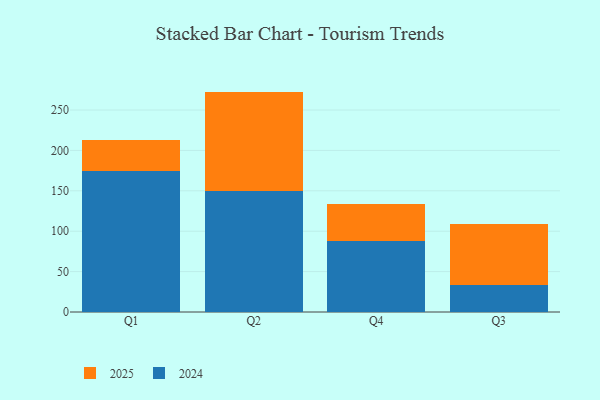
{"axis": {"x": "Quarter", "y": "Bounce Rate (%)"}, "legend": ["2024", "2025"], "data": [{"x": "Q1", "y": 38.6, "type": "2025"}, {"x": "Q1", "y": 174.2, "type": "2024"}, {"x": "Q2", "y": 122.8, "type": "2025"}, {"x": "Q2", "y": 150.0, "type": "2024"}, {"x": "Q4", "y": 45.8, "type": "2025"}, {"x": "Q4", "y": 87.4, "type": "2024"}, {"x": "Q3", "y": 76.0, "type": "2025"}, {"x": "Q3", "y": 33.2, "type": "2024"}]}